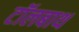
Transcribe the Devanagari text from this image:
टॉलबाथ